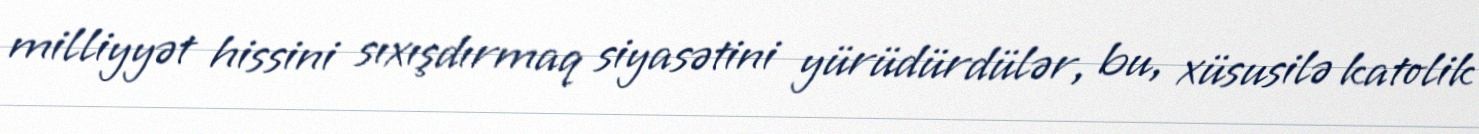
milliyyət hissini sıxışdırmaq siyasətini yürüdürdülər, bu, xüsusilə katolik